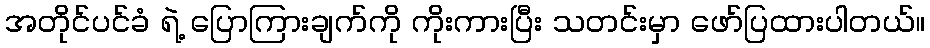
အတိုင်ပင်ခံ ရဲ့ ပြောကြားချက်ကို ကိုးကားပြီး သတင်းမှာ ဖော်ပြထားပါတယ်။